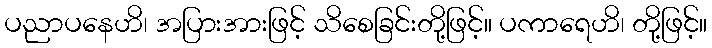
ပညာပနေဟိ၊ အပြားအားဖြင့် သိစေခြင်းတို့ဖြင့်။ ပကာရေဟိ၊ တို့ဖြင့်။